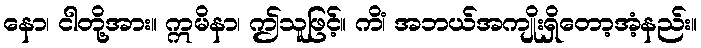
နော၊ ငါတို့အား။ ဣမိနာ၊ ဤသူဖြင့်။ ကိံ၊ အဘယ်အကျိုးရှိတော့အံ့နည်း။